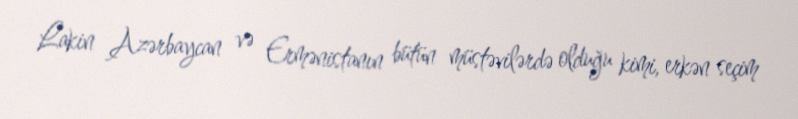
Lakin Azərbaycan və Ermənistanın bütün müstəvilərdə olduğu kimi, erkən seçim